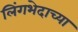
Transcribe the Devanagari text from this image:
लिंगभेदाच्या